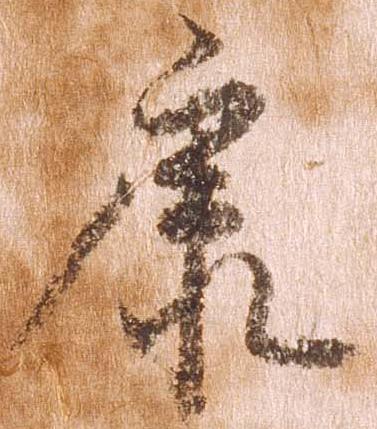
康